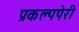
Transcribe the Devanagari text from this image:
प्रकल्पपेरी